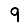
Digit: 9